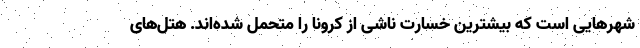
شهرهایی است که بیشترین خسارت ناشی از کرونا را متحمل شده‌اند. هتل‌های